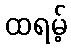
ထရမ့်